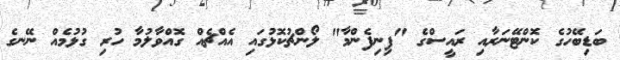
ބަޑިބޭހުގެ ކޮންޓޭނަރާއި ރައީސްގެ "ފިނިފެންމާ" ލޯންޗުކޮޅުގައި އެއްޗެއް ގޮއްވާލުމާ ހުރި ގުޅުމެއް ނޭނގެ